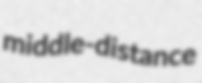
middle-distance